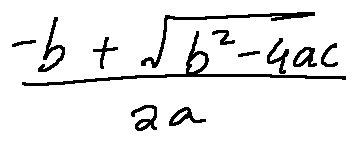
\frac { - b + \sqrt { b ^ { 2 } - 4 a c } } { 2 a }